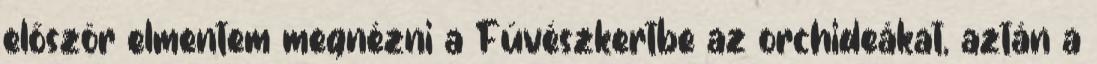
először elmentem megnézni a Füvészkertbe az orchideákat, aztán a